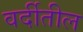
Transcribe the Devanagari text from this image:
वर्दीतील